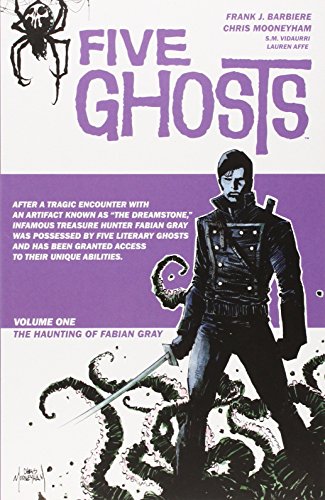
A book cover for Five Ghosts Volume 1: The Haunting of Fabian Gray TP; Frank J. Barbiere; Literature & Fiction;